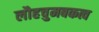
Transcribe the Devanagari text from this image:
लौहचुमबकत्व